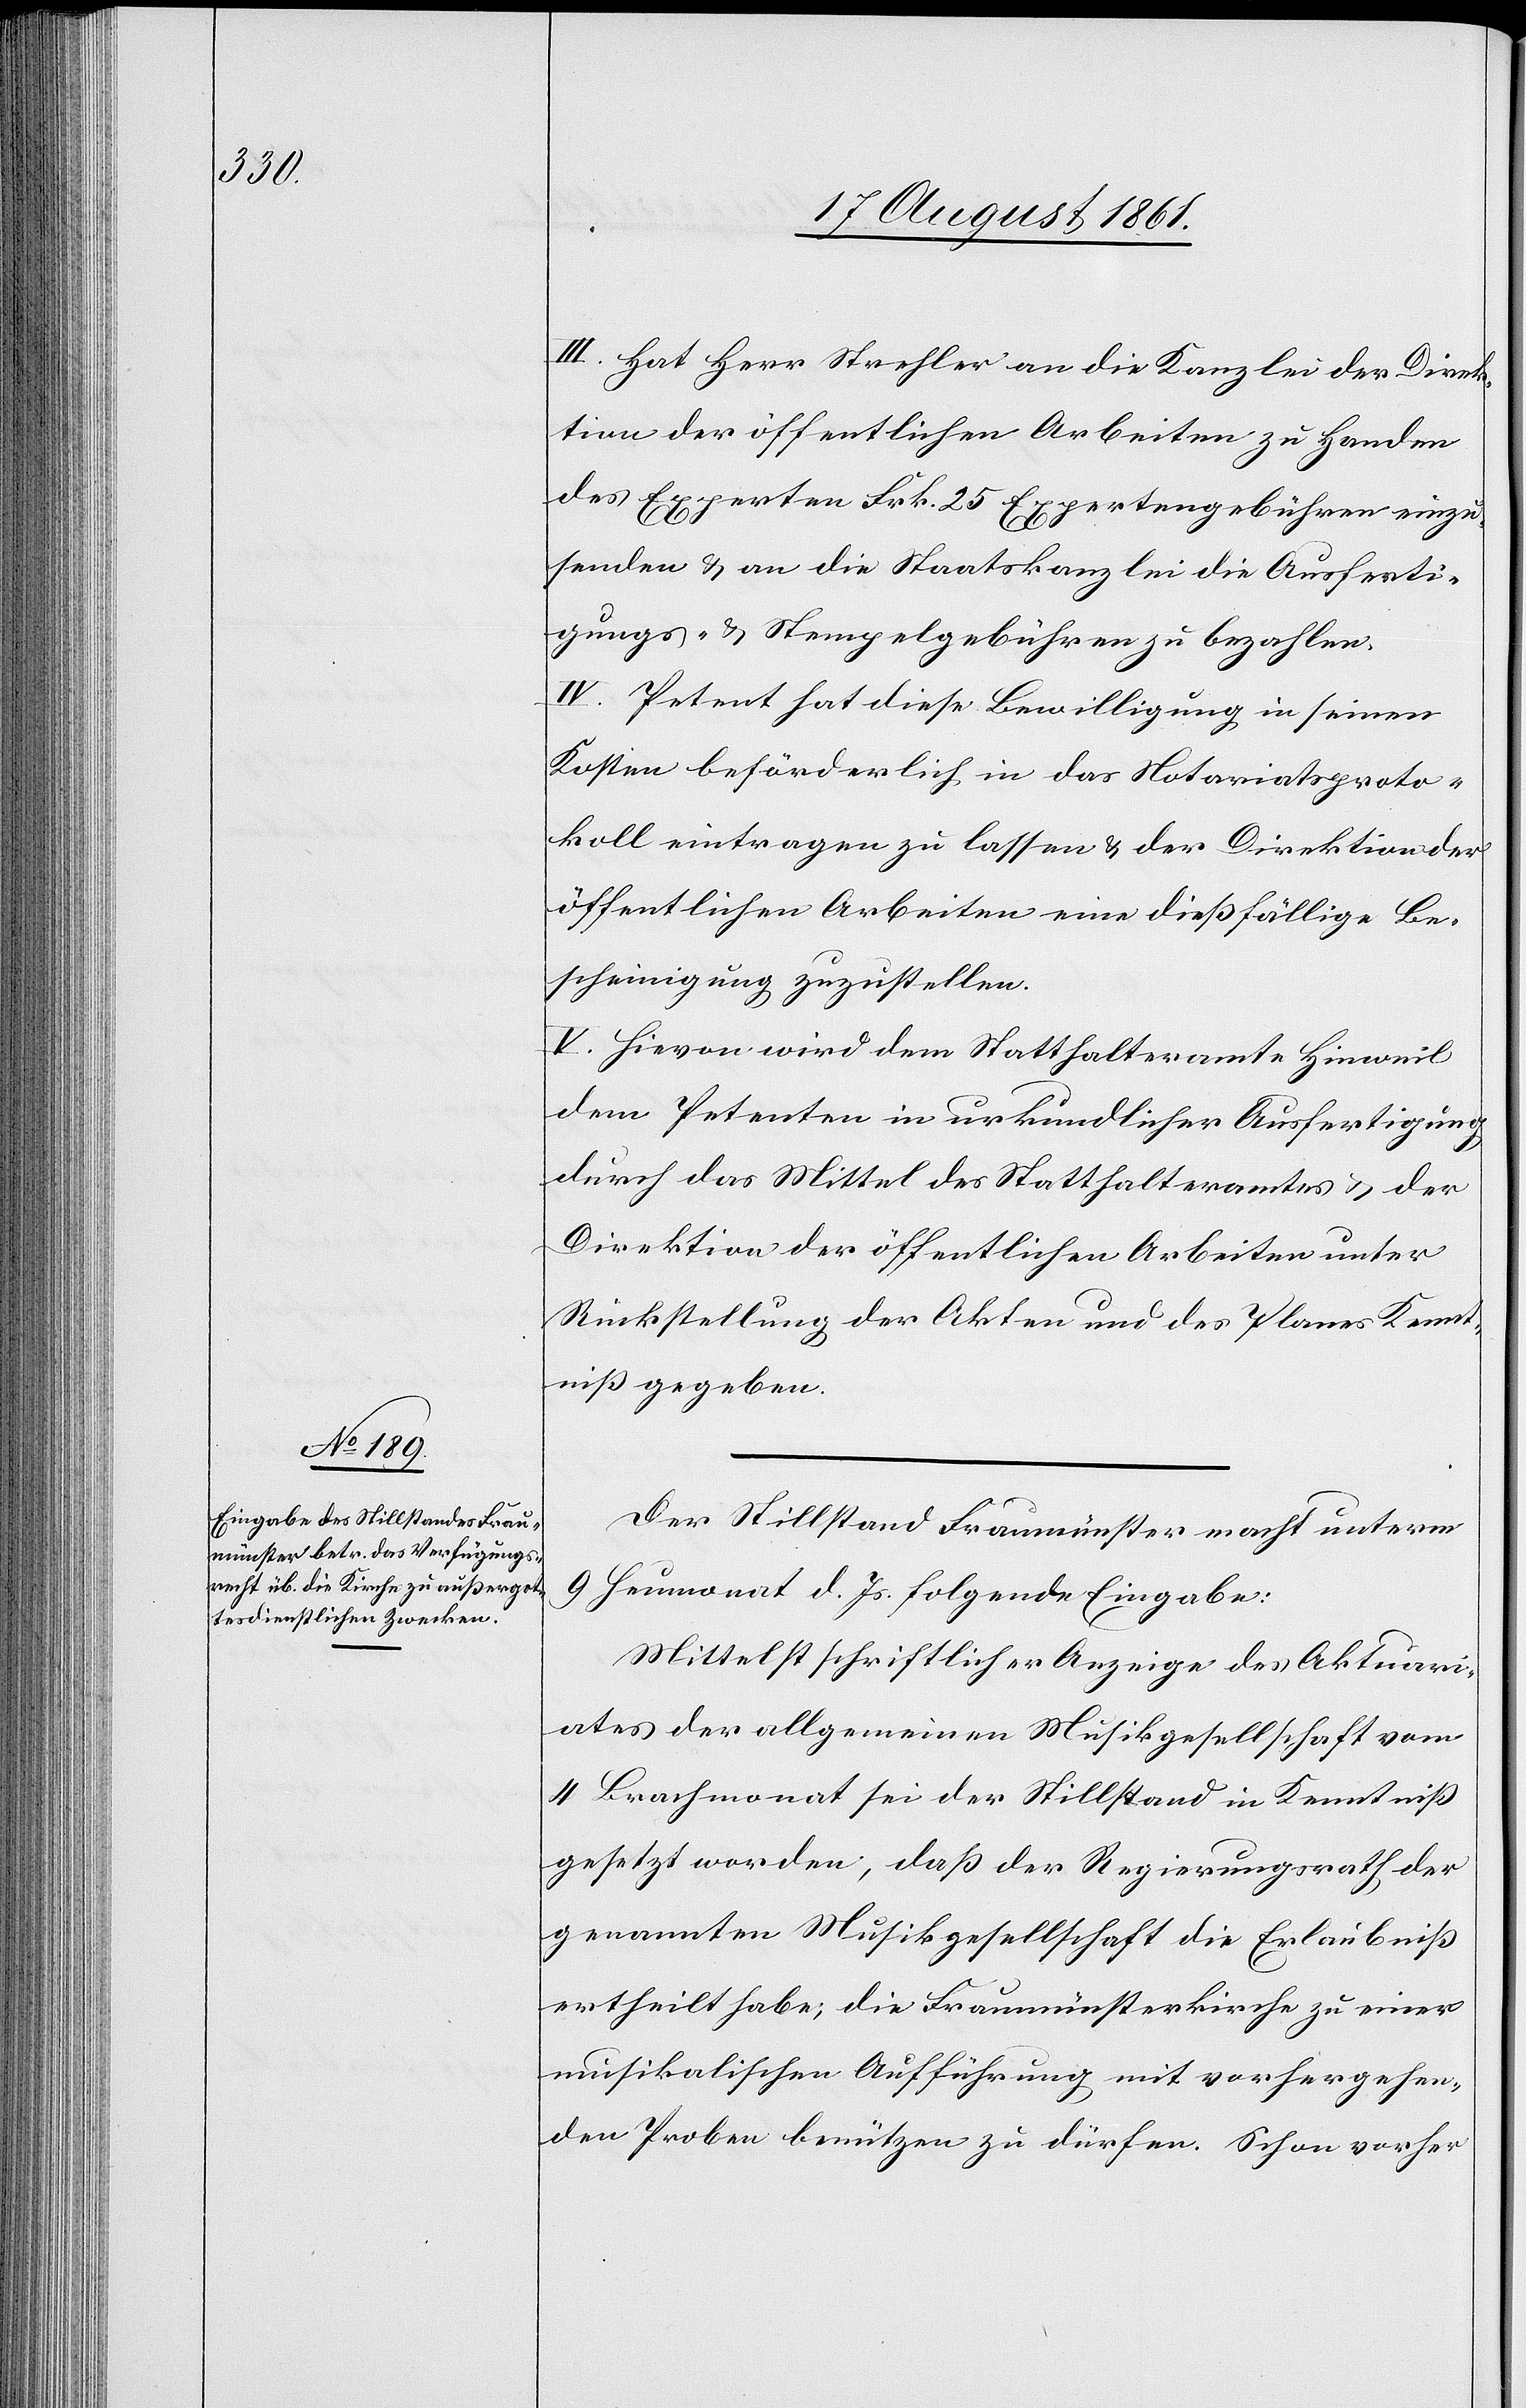
III. Hat Herr Strehler an die Kanzlei der Direk¬
tion der öffentlichen Arbeiten zu Handen
des Experten Frk. 25 Expertengebühren einzu¬
senden u. an die Staatskanzlei die Ausferti¬
gungs- u. Stempelgebühren zu bezahlen.
IV. Petent hat diese Bewilligung in seinen
Kosten beförderlich in das Notariatsproto¬
koll eintragen zu lassen u. der Direktion der
öffentlichen Arbeiten eine dießfällige Be¬
scheinigung zuzustellen.
V. Hievon wird dem Statthalteramte Hinweil
dem Petenten in urkundlicher Ausfertigung
durch das Mittel des Statthalteramtes u. der
Direktion der öffentlichen Arbeiten unter
Rückstellung der Akten und des Planes Kennt¬
niß gegeben.
Der Stillstand Fraumünster macht unterm
9 Heumonat d. Js. folgende Eingabe:
Mittelst schriftlicher Anzeige des Aktuari¬
ates der allgemeinen Musikgesellschaft vom
4 Brachmonat sei der Stillstand in Kenntniß
gesetzt worden, daß der Regierungsrath der
genannten Musikgesellschaft die Erlaubniß
ertheilt habe; die Fraumünsterkirche zu einer
musikalischen Aufführung mit vorhergehen¬
den Proben benützen zu dürfen. Schon vorher